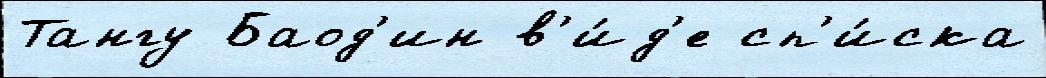
Тангу Баод'ин в'и́д'е сп'и́ска